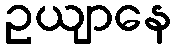
ဥယျာနေ